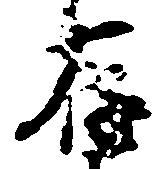
存